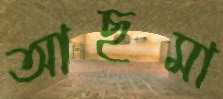
আছমা